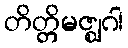
တိတ္တိမဇ္ဈဂါ